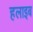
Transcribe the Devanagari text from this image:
हलाइब